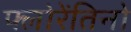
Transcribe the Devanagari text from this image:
फ्लोरेंतिनो